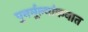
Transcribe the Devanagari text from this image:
पुनर्मूल्यांकनात